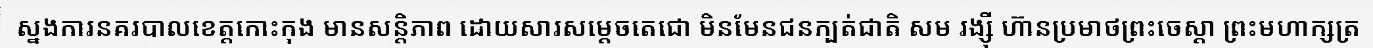
ស្នងការនគរបាលខេត្តកោះកុង មានសន្តិភាព ដោយសារសម្តេចតេជោ មិនមែនជនក្បត់ជាតិ សម រង្ស៊ី ហ៊ានប្រមាថព្រះចេស្តា ព្រះមហាក្សត្រ